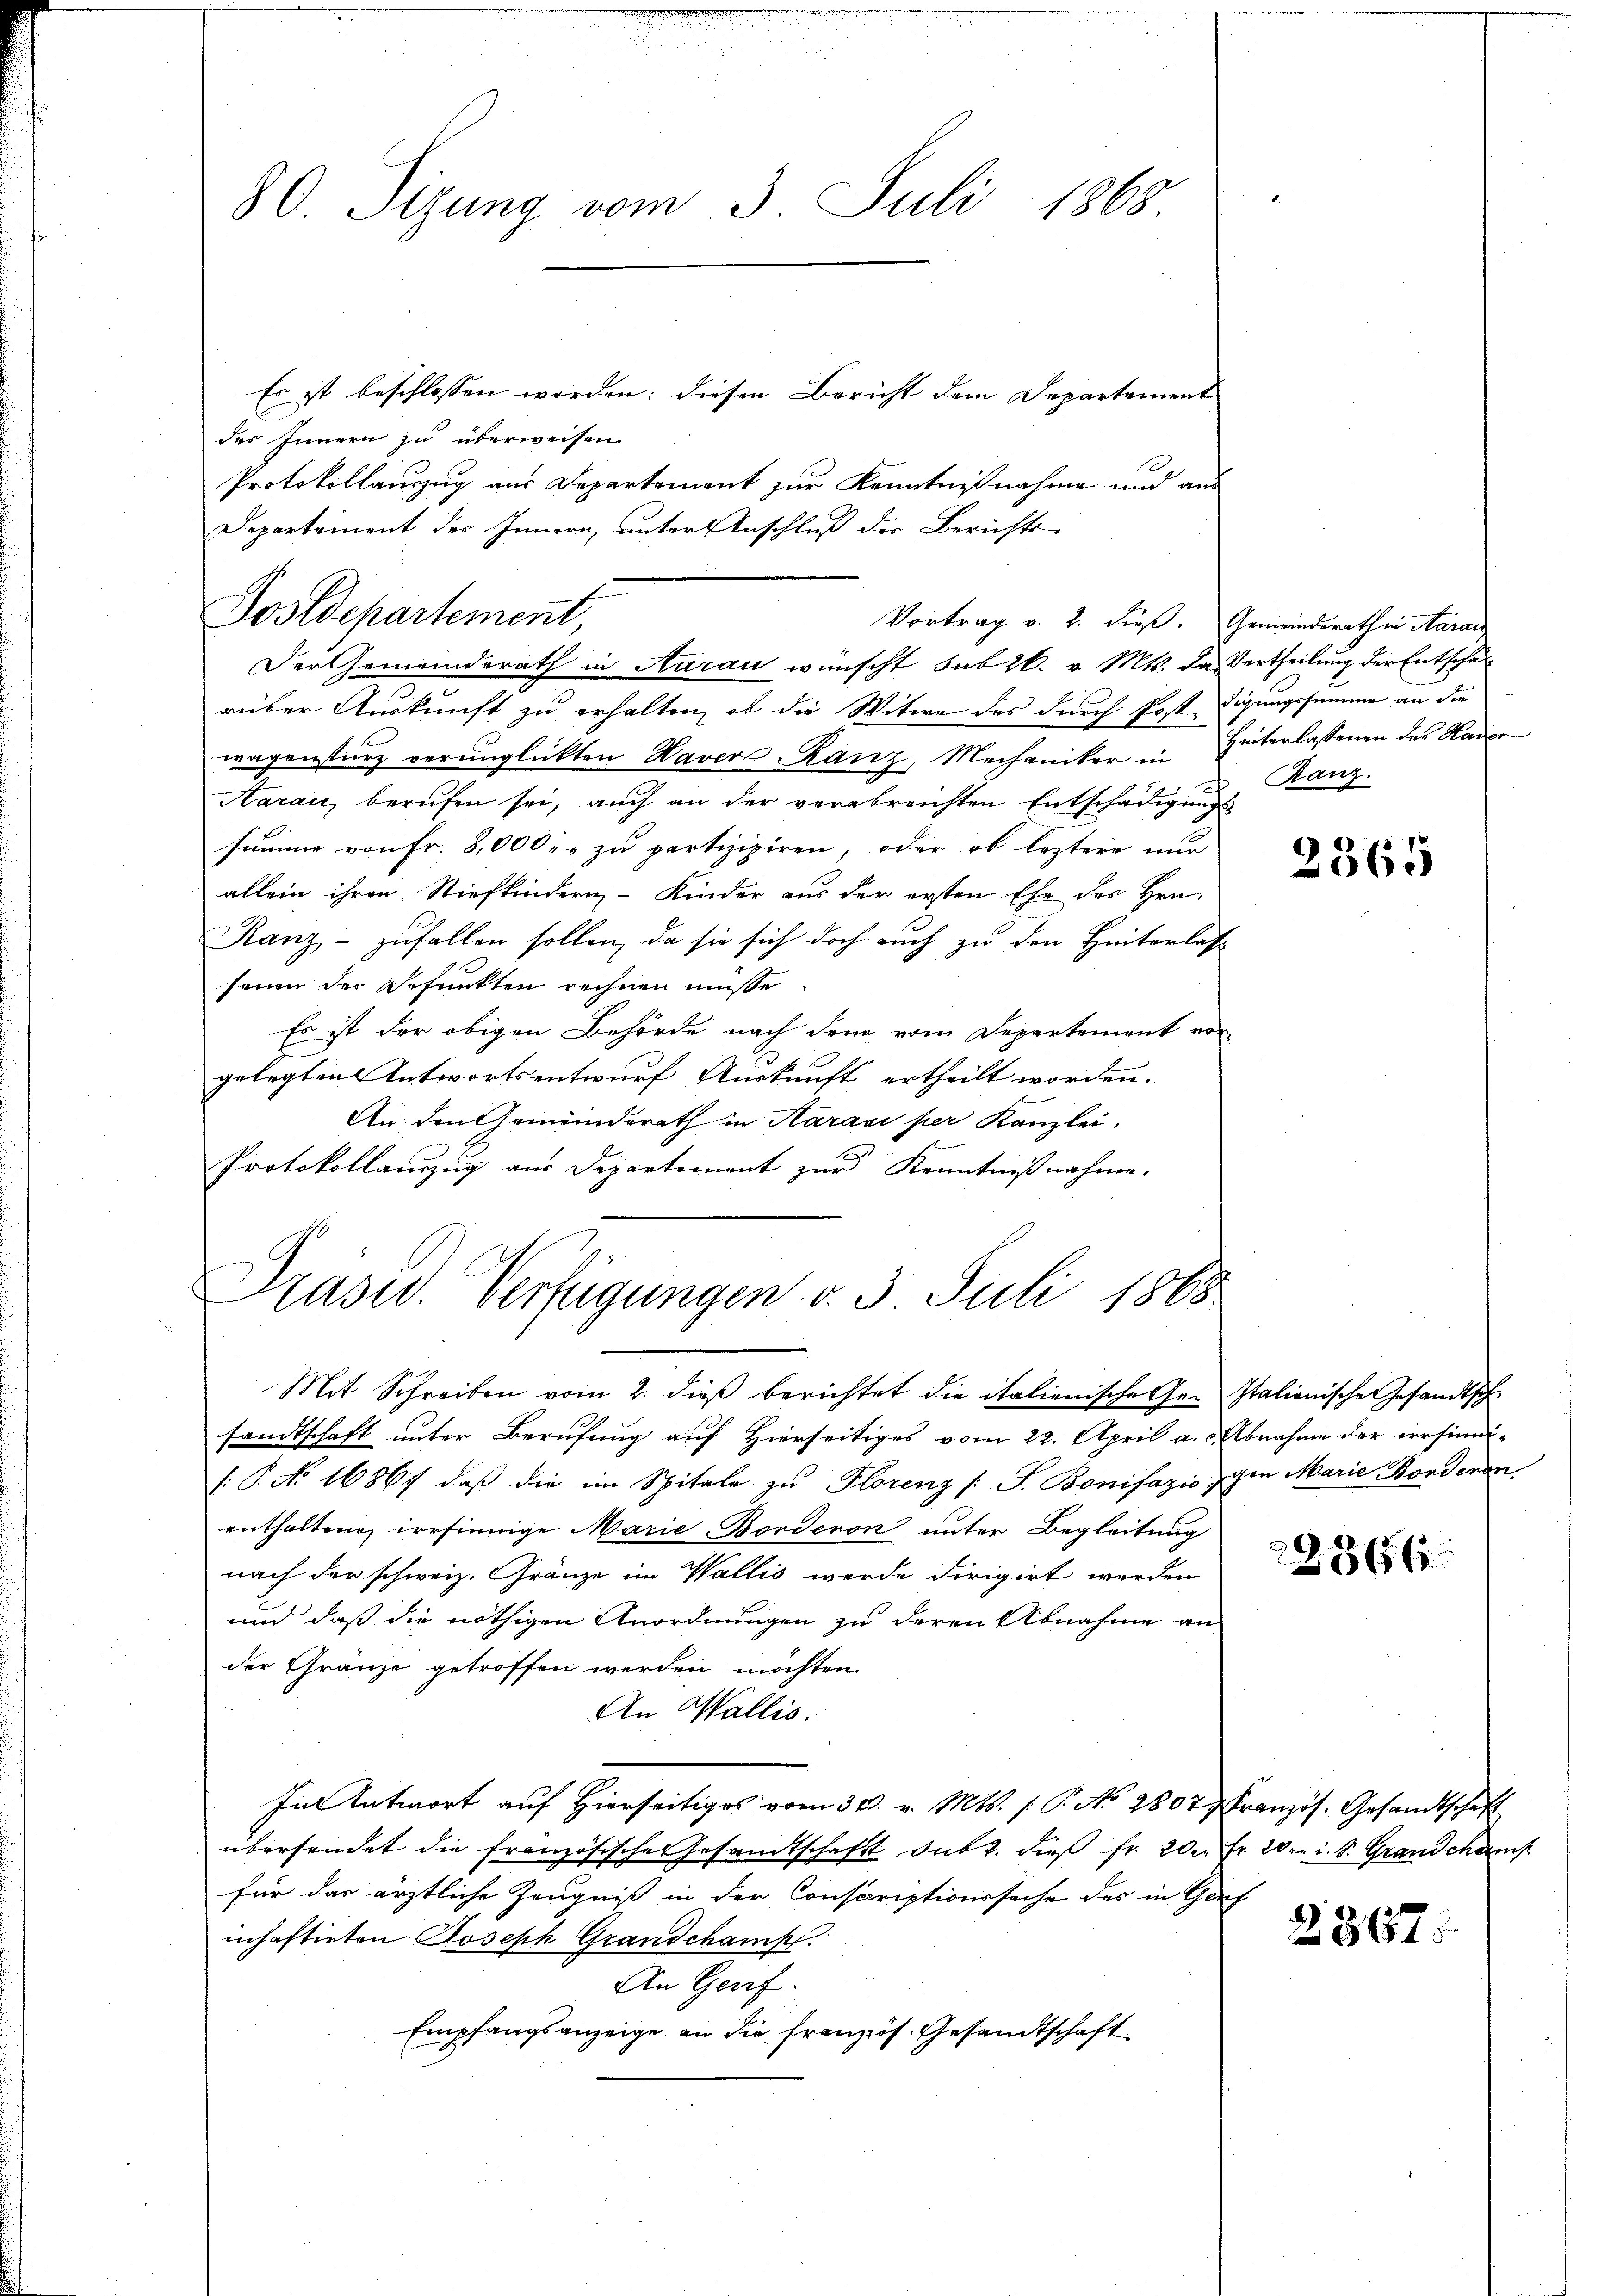
80. Sizung vom 3. Juli 1868
Es ist beschlossen worden; diesen Bericht dem Departement

des Innern zu überweisen.
Protokollauszug aus Departement zur Kenntnißnahme und aus
Departement der Innern, unter Anschluß der Berichts-

Postdepartement,
Vortrag v. 2. dieß. Gemeinderath in Aarau
Der Gemeinderath in Aarau wünscht sub 26. v. Mts. das Vertheilung der Entschaf¬

rüber Auskunft zu erhalten, ob die Witwe des durch Post digungssumme an die
wagensturz verunglickten Naver Ranz, Mechaniker in Hinterlassenen des Hader
Aarau, berufen sei, auch an der verabreichten Entschädigungs
summe von Fr. 8,000 zu partizipiren, oder ob leztere nur
allein ihren Stiefkindern Kinder aus der ersten Ehe des Hrn.
Ranz - zufallen sollen, da sie sich doch auch zu den Hinterlasse
seine der Befunkten rechnen müsse.
Es ist der obigen Behörde nach den vom Departement vor
gelegten Antwortsentwurf Auskunft ertheilt worden. |
An den Gemeinderath in Aaravi per Kanzlei.
Protokollauszug aus Departement zur Kenntnißnahme.

Präsid. Verfügungen v. 3. Juli 1868

Mit Schreiben vom 2. dieß berichtet die italienische her Italienische Gesandtschsandtschaft unter Berufung auf Hierseitiges vom 22. April a. c. Abnahme der irrsinni¬
: P. No 16867, daß die im Spitale zu Florenz /: J. Bonifazis zogen Marie Borderen.
enthaltene irrsinnige Marie-Borderon unter Begleitung
nach der schweiz. Gränze im Wallis werde dirigirt werden
und daß die nöthigen Anordnungen zu deren Abnahme an
der Gränze getroffen werden möchten.
An Wallis.
In Antwort auf hierseitig vom 31. v. Mts. f. P. No 2807, Französ. Gesandtschaft
übersendet die französische Gesandtschaft, sub 2. dieβ fr. 200 Fr. 20. i. S. Grandchank
für das ärztliche Zeugniß in der Conscriptionssache des in Genf
inhaftirten Joseph Grandchampt.
An Genf.
Empfangsanzeige an die französ. Gesandtschaft

Ranz.

2565

2366

2367.